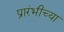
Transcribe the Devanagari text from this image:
प्रारंभीच्‍या